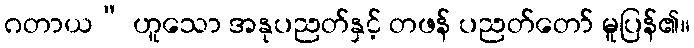
ဂတာယ” ဟူသော အနုပညတ်နှင့် တဖန် ပညတ်တော် မူပြန်၏။